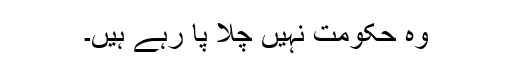
وہ حکومت نہیں چلا پا رہے ہیں۔